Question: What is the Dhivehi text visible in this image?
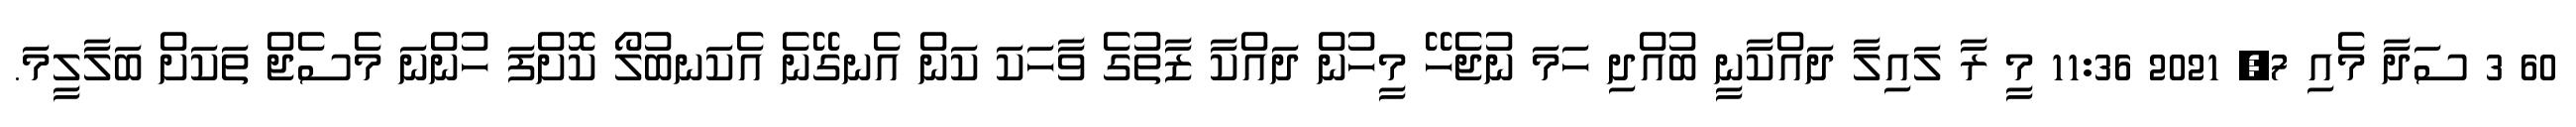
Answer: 60 3 ސަދާ މެއި 7, 2021 11:36 މީ ރާ ލައިލާ ދައްކާނީ ބުއްދި ހަމަ ނުޖެހޭ މީހުން ދައްކާ ޒާތުގެ ވާހަކަ ކަން އެނގޭނެ އެކަނބުލޯ ކޮށްފަ ހުންނަ މެސެޖް ތަކަށް ބަލާލީމަ.